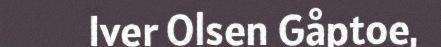
Iver Olsen Gåptoe,